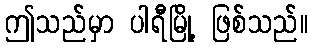
ဤသည်မှာ ပါရီမြို့ ဖြစ်သည်။